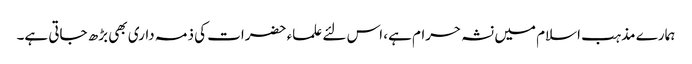
ہمارے مذہب اسلام میں نشہ حرام ہے، اس لئے علماء حضرات کی ذمہ داری بھی بڑھ جاتی ہے۔